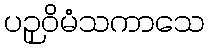
ပဉှဝိမံသကာသေ